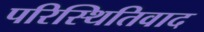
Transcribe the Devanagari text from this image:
परिस्थितिवाद